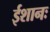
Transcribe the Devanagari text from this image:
ईशानः